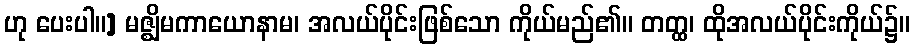
ဟု ပေးပါ။] မဇ္ဈိမကာယောနာမ၊ အလယ်ပိုင်းဖြစ်သော ကိုယ်မည်၏။ တတ္ထ၊ ထိုအလယ်ပိုင်းကိုယ်၌။